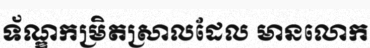
ទ័ណ្ឌកម្រិតស្រាលដែល មានលោក